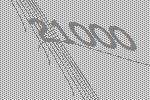
21000